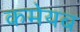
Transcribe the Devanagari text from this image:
कमेयब